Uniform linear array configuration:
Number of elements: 4
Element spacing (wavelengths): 0.25
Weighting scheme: uniform
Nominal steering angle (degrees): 45
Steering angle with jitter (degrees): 45.638
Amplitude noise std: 0.05
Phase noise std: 0.05

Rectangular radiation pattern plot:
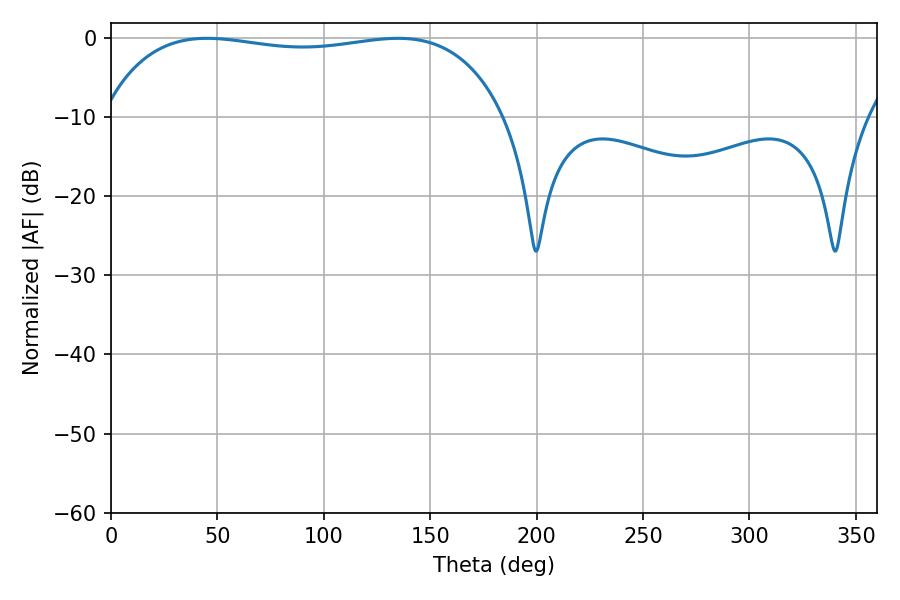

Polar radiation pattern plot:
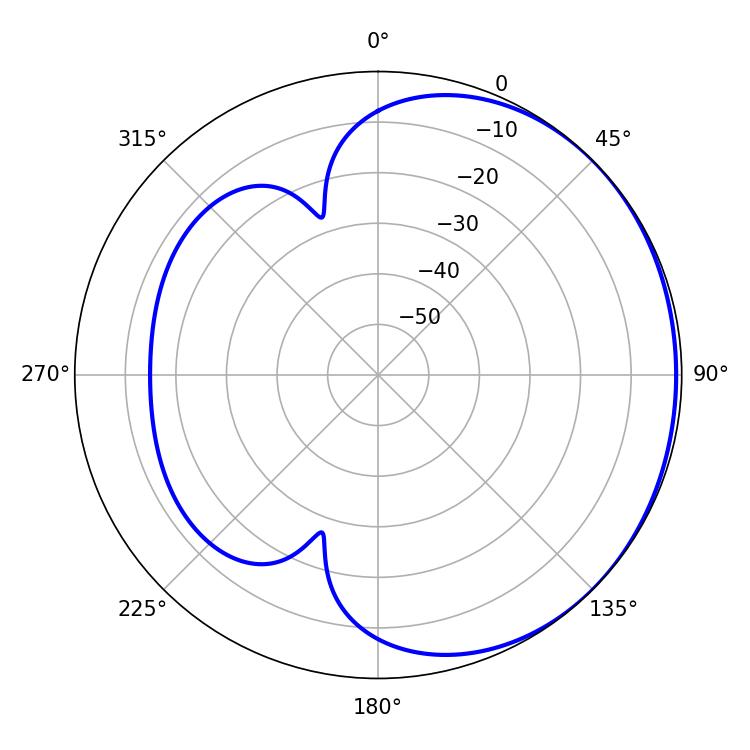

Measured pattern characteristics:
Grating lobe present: FALSE
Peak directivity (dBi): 0.8676
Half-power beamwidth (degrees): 152.28
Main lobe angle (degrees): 45.18